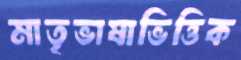
মাতৃভাষাভিত্তিক